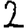
Digit: 2